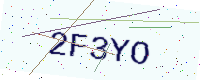
Text: 2F3YO